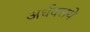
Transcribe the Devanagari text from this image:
अर्धवलये